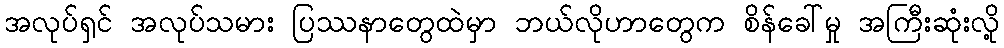
အလုပ်ရှင် အလုပ်သမား ပြဿနာတွေထဲမှာ ဘယ်လိုဟာတွေက စိန်ခေါ်မှု အကြီးဆုံးလို့